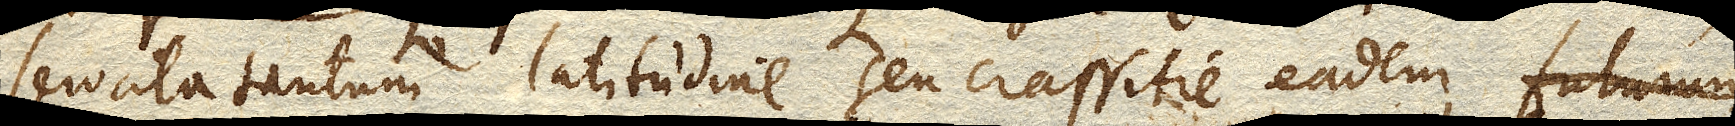
servata tantum latitudine seu crassitie eadem futurum